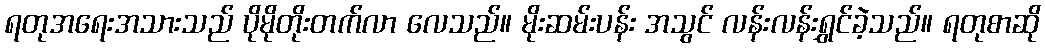
ရတုအရေးအသားသည် ပိုမိုတိုးတက်လာ လေသည်။ မိုးဆမ်းပန်း အသွင် လန်းလန်းရွှင်ခဲ့သည်။ ရတုစာဆို